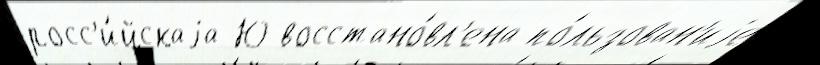
росс'и́йскаjа Ю восстано́вл'ена по́льзован'иjе